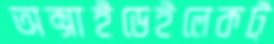
অক্সাইডেইলেকট্